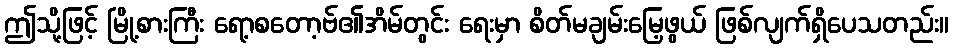
ဤသို့ဖြင့် မြို့စားကြီး ရော့စတော့ဗ်၏အိမ်တွင်း ရေးမှာ စိတ်မချမ်းမြေ့ဖွယ် ဖြစ်လျက်ရှိပေသတည်း။